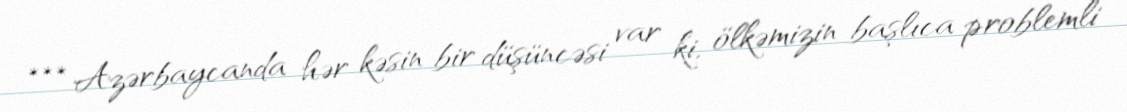
*** Azərbaycanda hər kəsin bir düşüncəsi var ki, ölkəmizin başlıca problemli